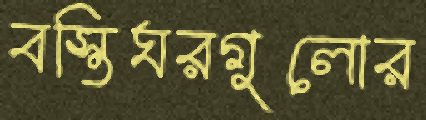
বস্তিঘরগুলোর